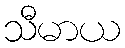
သီမာယ